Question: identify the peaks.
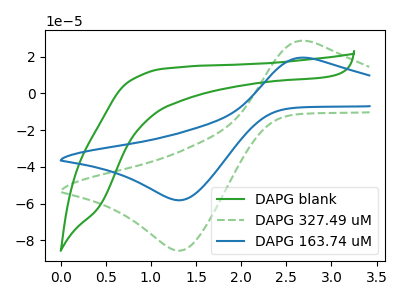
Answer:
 <answer>The green curve "DAPG blank" has no peaks. The green dashed curve "DAPG 327.49 uM" has an anodic peak at (2.75V, 28.55uA) and a cathodic peak at (1.30V, -85.75uA). The blue curve "DAPG 163.74 uM" has an anodic peak at (2.75V, 19.40uA) and a cathodic peak at (1.30V, -58.20uA).</answer>
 <eval></eval>